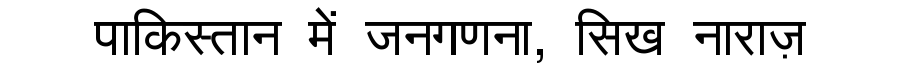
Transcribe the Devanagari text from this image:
पाकिस्तान में जनगणना, सिख नाराज़